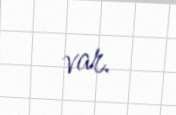
var.